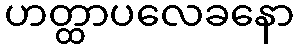
ဟတ္ထာပလေခနော